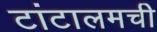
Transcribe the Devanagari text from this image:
टांटालमची